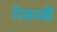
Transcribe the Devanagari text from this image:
रिकाबी